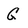
Character: G